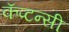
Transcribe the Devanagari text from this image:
कॅप्टन्सी